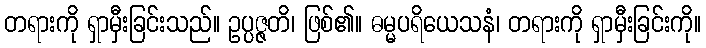
တရားကို ရှာမှီးခြင်းသည်။ ဥပ္ပဇ္ဇတိ၊ ဖြစ်၏။ ဓမ္မပရိယေသနံ၊ တရားကို ရှာမှီးခြင်းကို။